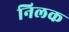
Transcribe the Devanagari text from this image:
निलक